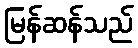
မြန်ဆန်သည်